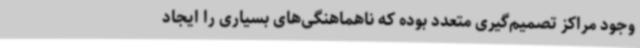
وجود مراکز تصمیم‌گیری متعدد بوده که ناهماهنگی‌های بسیاری را ایجاد